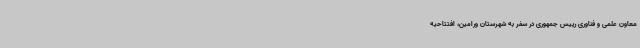
معاون علمی و فناوری رییس جمهوری در سفر به شهرستان ورامین، افتتاحیه